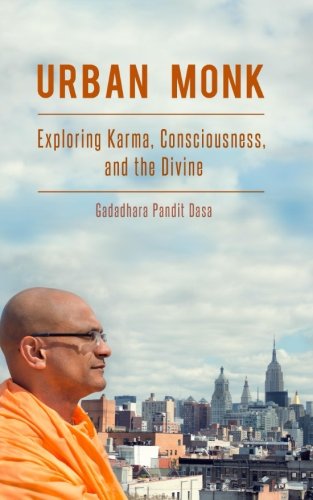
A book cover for Urban Monk: Exploring Karma, Consciousness, and the Divine; Gadadhara Pandit Dasa; Religion & Spirituality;